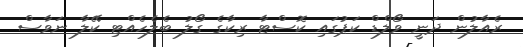
ރެއާލުން ދަނީ ވޯލްޑް ކަޕުގައި ކޮސްޓާ ރިކާގެ ގޯލު ބެލެހެއްޓި ކޭލާ ނަވާސް